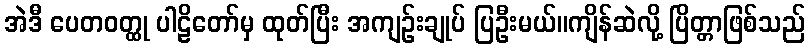
အဲဒီ ပေတဝတ္ထု ပါဠိတော်မှ ထုတ်ပြီး အကျဉ်းချုပ် ပြဦးမယ်။ကျိန်ဆဲလို့ ပြိတ္တာဖြစ်သည်